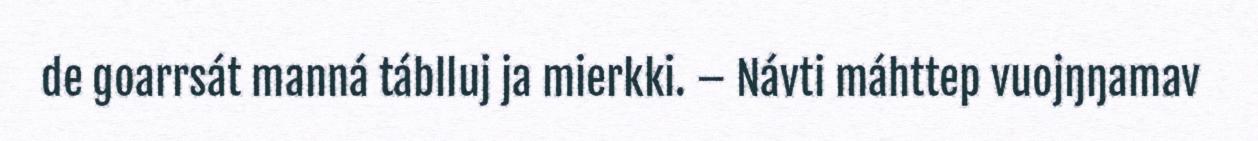
de goarrsát manná táblluj ja mierkki. – Návti máhttep vuojŋŋamav